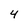
Character: 4